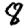
Digit: 8